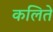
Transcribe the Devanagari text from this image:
कलिते